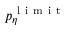
p _ { \eta } ^ { \mathrm { ~ l ~ i ~ m ~ i ~ t ~ } }